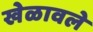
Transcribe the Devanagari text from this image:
खेळावले